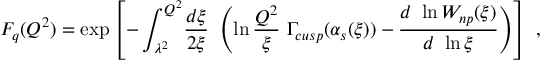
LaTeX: F _ { q } ( Q ^ { 2 } ) = \exp \left[ - \int _ { \lambda ^ { 2 } } ^ { Q ^ { 2 } } \! { \frac { d \xi } { 2 \xi } } \ \left( \ln { \frac { Q ^ { 2 } } { \xi } } \ \Gamma _ { c u s p } ( \alpha _ { s } ( \xi ) ) - { \frac { d \ \ln W _ { n p } ( \xi ) } { d \ \ln \xi } } \right) \right] \ ,